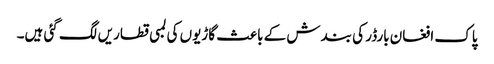
پاک افغان بارڈر کی بندش کے باعث گاڑیوں کی لمبی قطاریں لگ گئی ہیں۔